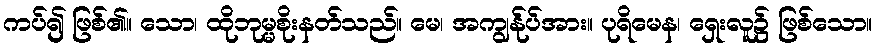
ကပ်၍ ဖြစ်၏။ သော၊ ထိုဘုမ္မစိုးနတ်သည်။ မေ၊ အကျွန်ုပ်အား။ ပုရိမေန၊ ရှေးလူ၌ ဖြစ်သော။